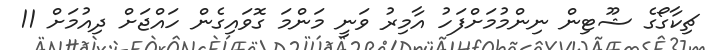
ޗިކާގޯގެ ޝޫޓިން ނިންމުމަށްފަހު އާމިރު ވަނީ މަންމަ ގޮވައިގެން ހައްޖަށް ދިއުމަށް 11